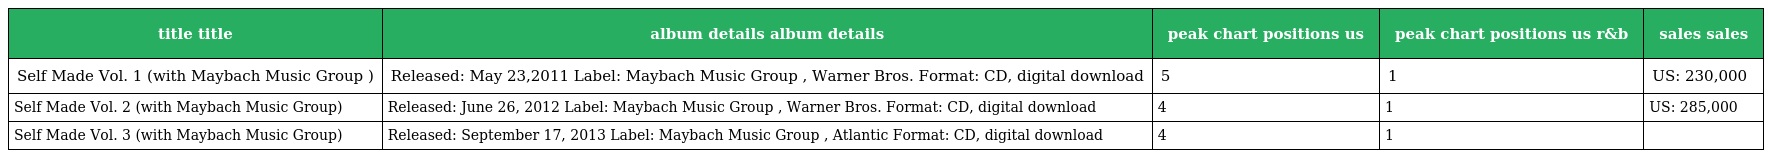
| title title | album details album details | peak chart positions us | peak chart positions us r&b | sales sales |
 | --- | --- | --- | --- | --- |
 | Self Made Vol. 1 (with Maybach Music Group ) | Released: May 23,2011 Label: Maybach Music Group , Warner Bros. Format: CD, digital download | 5 | 1 | US: 230,000 |
 | Self Made Vol. 2 (with Maybach Music Group) | Released: June 26, 2012 Label: Maybach Music Group , Warner Bros. Format: CD, digital download | 4 | 1 | US: 285,000 |
 | Self Made Vol. 3 (with Maybach Music Group) | Released: September 17, 2013 Label: Maybach Music Group , Atlantic Format: CD, digital download | 4 | 1 |  |